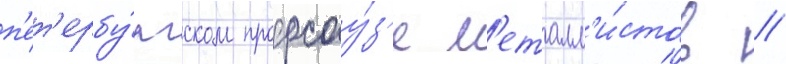
п'ет'ербу́ргском профсоу́з'е м'еталл'и́стов //